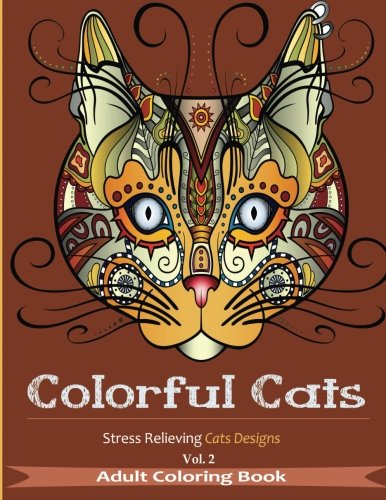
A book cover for Colorful Cats 2: Coloring Books For Adults Featuring Over 30 Best Stress Relieving Cat's Designs - Adult Coloring Books (Creative Cats Adult Coloring Books) (Volume 2); Crafts, Hobbies & Home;